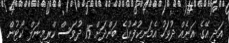
އަދި އޭގެ އަނެއް ދުވަހު އެމަނިކުފާނުގެ ބަންދަށް 15 ދުވަސް ކްރިމިނަލް ކޯޓުން